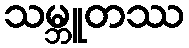
သမ္ဘူတဿ